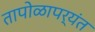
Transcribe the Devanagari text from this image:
तापोळापर्यंत